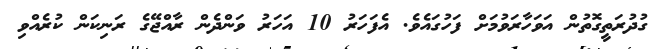
ގުދުރަތީގޮތުން އަވަހާރަވުމަށް ފަހުގައެވެ. އެފަހަރު 10 އަހަރު ވަންދެން ރާއްޖޭގެ ރަނިކަން ކުރެއްވި